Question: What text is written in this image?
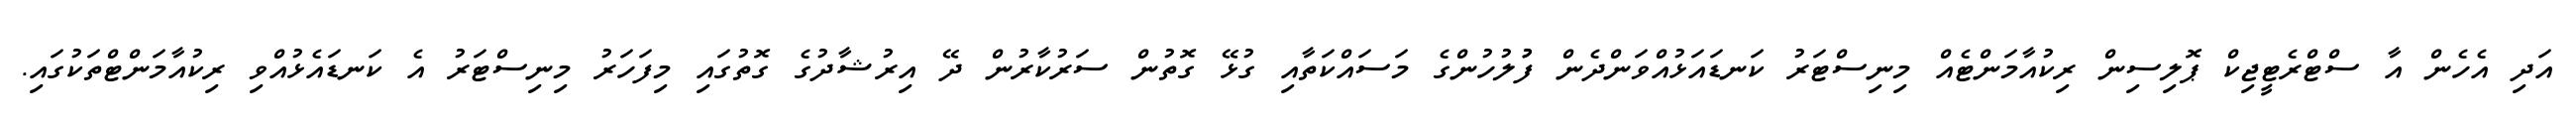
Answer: އަދި އެހެން އާ ސްޓްރެޓީޖިކް ޕޮލިސިން ރިކުއާމަންޓެއް މިނިސްޓަރު ކަނޑައަޅުއްވަންދެން ފުުލުހުންގެ މަސައްކަތާއި ގުޅޭ ގޮތުން ސަރުކާރުން ދޭ އިރުޝާދުގެ ގޮތުގައި މިފަހަރު މިނިސްޓަރު އެ ކަނޑައެޅުއްވި ރިކުއާމަންޓްތަކުގައި.